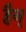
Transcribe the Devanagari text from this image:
हैन्